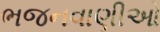
ભજનવાણીઓ